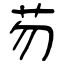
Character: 芴